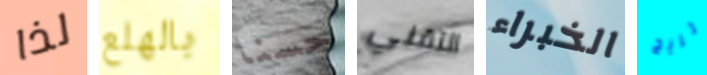
لذا بالهلع حسنا التقني الخبراء تريح